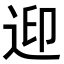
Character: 𨒦